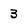
Character: 3